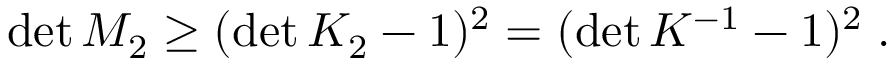
\begin{array} { r } { \operatorname* { d e t } M _ { 2 } \geq ( \operatorname* { d e t } K _ { 2 } - 1 ) ^ { 2 } = ( \operatorname* { d e t } K ^ { - 1 } - 1 ) ^ { 2 } \; . } \end{array}